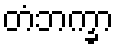
တံဘက္ခာ